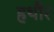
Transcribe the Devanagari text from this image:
हथौर